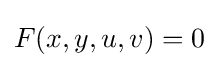
F(x,y,u,v)=0